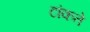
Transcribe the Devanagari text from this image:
टांकते